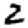
Digit: 2